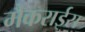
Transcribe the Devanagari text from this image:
मैकराईस